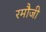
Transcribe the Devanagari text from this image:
रमौजी